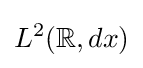
L^{2}(\mathbb {R} ,dx)